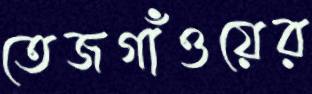
তেজগাঁওয়ের